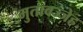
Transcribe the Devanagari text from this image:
मुतावज्जेह